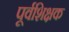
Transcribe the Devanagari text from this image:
पूर्वशिक्षक